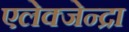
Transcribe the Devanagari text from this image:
एलेक्जेन्द्रा